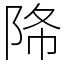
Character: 𨹓